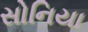
સોનિયા